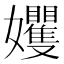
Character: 𡤬